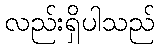
လည်းရှိပါသည်